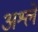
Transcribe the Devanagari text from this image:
अश्ले